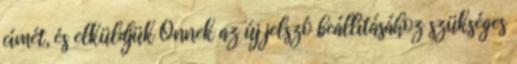
címét, és elküldjük Önnek az új jelszó beállításához szükséges